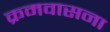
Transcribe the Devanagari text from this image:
क्रमवासना